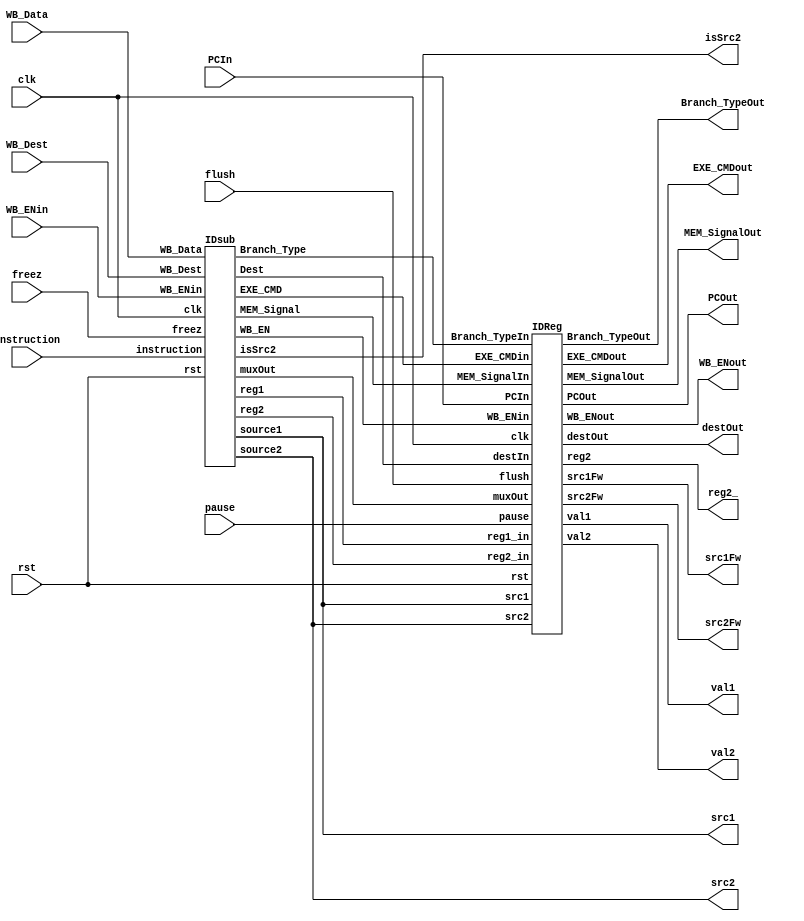
module ID (
		input clk,rst,freez, flush,
		// SRAM  UNIT
		pause,
		// from IF
		input [31:0] instruction,PCIn,
		// from WB stage
		input WB_ENin,
		input[4:0] WB_Dest,
		input [31:0] WB_Data,
		//to stage register
		output isSrc2,WB_ENout,
		output[1:0] MEM_SignalOut,Branch_TypeOut,
		output[3:0]EXE_CMDout,
		output[31:0] val1,val2,reg2_,PCOut,
		output[4:0] destOut,
		output[4:0] src1, src2, src1Fw, src2Fw
	);
	wire WB_EnWire;
	wire [1:0] Branch_TypeIn,MEM_SignalIn;
	wire [3:0] EXE_CMDin;
	wire [4:0] DestWire;
	wire [31:0] muxOut,reg1,reg2;
	wire __WB_EN;
	wire [1:0] __MEM_Signal,__Branch_Type;
	wire [3:0] __EXE_CMD;
	IDsub _IDsub(
		clk,rst,freez,
		// from IF
		instruction,
		// from WB stage
		WB_ENin,
		WB_Dest,
		WB_Data,

		isSrc2,
		//to stage register
		DestWire,
		reg1,muxOut,reg2,
		Branch_TypeIn,
		EXE_CMDin,
		// mem_signal
		MEM_SignalIn,
		// write back enable
		WB_EnWire, src1, src2);

	IDReg _IDReg(
		clk,rst, flush,
		// SRAM  UNIT
		pause,
		// to stage Register
		DestWire,
		reg1,reg2,muxOut,PCIn,
		Branch_TypeIn,
		EXE_CMDin,
		MEM_SignalIn,
		WB_EnWire,
		//Forward
		src1, src2,
		// to stage register
		destOut,
		val1,reg2_,val2,PCOut,
		Branch_TypeOut,
		EXE_CMDout,
		MEM_SignalOut,
		WB_ENout,
		src1Fw, src2Fw
	);
endmodule

// * * * * * * * * * * * * * * * * * * * * * * * * * * * * * * * *
module IDsub (
		input clk,rst,freez,
		// from IF
		input [31:0] instruction,
		// from WB stage
		input WB_ENin,
		input[4:0] WB_Dest,
		input[31:0] WB_Data,

		output isSrc2,
		//to stage register
		output[4:0] Dest,
		output [31:0] reg1,muxOut,reg2,
		output[1:0] Branch_Type,
		output[3:0] EXE_CMD,
		// mem_signal
		output[1:0] MEM_Signal,
		// write back enable
		output WB_EN,
		output[4:0] source1, source2
	);

	wire is_imm;
	wire [31:0] sgnExtendOut;

	// * * * * * * * Description * * * * * * *
	// val1 is reg1
	// val2 is muxOut
	// * * * * * * * * * * * * * * * * * * * *

	// **** Registe File ****
	//RegisterFile(input clk,RegWrt, input [4:0] RdReg1,RdReg2,WrtReg,input [31:0] WrtData, output [31:0] RdData1,RdData2);
	RegisterFile _regFile (clk,rst,WB_ENin,instruction[25:21],instruction[20:16],WB_Dest,WB_Data,reg1,reg2);


	// **** Sign Extend ****
	//module signExtend(input[15:0] in, output[31:0] out);
	signExtend _signExtend(instruction[15:0],sgnExtendOut);

	// **** Mux ****
	//module Mux2to1_32(input s, input [31:0] in0,in1, output [31:0] w);
	Mux2to1_32 _mux (is_imm,reg2,sgnExtendOut,muxOut);

	// **** Mux ****
	Mux2to1_5 _muxDest (is_imm,instruction[15:11],instruction[20:16],Dest);

	// **** CU ****
	wire __WB_EN;
	wire [1:0] __MEM_Signal,__Branch_Type;
	wire [3:0] __EXE_CMD;
	controller _cont(instruction[31:26],__WB_EN,__MEM_Signal,__Branch_Type,__EXE_CMD,is_imm,isSrc2);

	assign WB_EN = (freez == 1'b1) ? 1'b0 : __WB_EN;
	assign MEM_Signal = (freez == 1'b1) ? 2'b0 : __MEM_Signal;
	assign Branch_Type = (freez == 1'b1) ? 2'b0 : __Branch_Type;
	assign EXE_CMD = (freez == 1'b1) ? 4'b0 : __EXE_CMD;
	assign source1 = instruction[25:21];
	assign source2 = is_imm ? 5'b0 : instruction[20:16];
endmodule
// * * * * * * * * * * * * * * * * * * * * * * * * * * * * * * * *
module IDReg (
		input clk,rst, flush,
		// SRAM  UNIT
		pause,
		// to stage Register
		input[4:0] destIn,
		input[31:0] reg1_in,reg2_in,muxOut,PCIn,
		input[1:0] Branch_TypeIn,
		input[3:0]EXE_CMDin,
		input[1:0] MEM_SignalIn,
		input WB_ENin,
		//Forwarding
		input [4:0] src1, src2,
		// to stage register
		output reg[4:0] destOut,
		output reg[31:0] val1,reg2,val2,PCOut,
		output reg[1:0] Branch_TypeOut,
		output reg[3:0]EXE_CMDout,
		output reg[1:0] MEM_SignalOut,
		output reg WB_ENout,
		//Forwarding
		output reg [4:0] src1Fw, src2Fw
	);

	always@(posedge clk,posedge rst) begin
		if (rst) begin
			destOut <= 5'd0;
			val1 <= 32'd0;
			reg2 <= 32'd0;
			val2 <= 32'd0;
			PCOut <= 32'd0;
			WB_ENout <= 1'd0;
			MEM_SignalOut <= 2'd0;
			Branch_TypeOut <= 2'd0;
			EXE_CMDout <= 4'd0;
			src1Fw <= 4'd0;
			src2Fw <= 4'd0;
		end
		else begin
			if(flush) begin
				destOut <= 5'd0;
				val1 <= 32'd0;
				reg2 <= 32'd0;
				val2 <= 32'd0;
				PCOut <= 32'd0;
				WB_ENout <= 1'd0;
				MEM_SignalOut <= 2'd0;
				Branch_TypeOut <= 2'd0;
				EXE_CMDout <= 4'd0;
				src1Fw <= 4'd0;
				src2Fw <= 4'd0;
			end
			else begin
				if(pause) begin
					destOut <= destOut;
					val1 <= val1;
					reg2 <= reg2;
					val2 <= val2;
					PCOut <= PCOut;
					WB_ENout <= WB_ENout;
					MEM_SignalOut <= MEM_SignalOut;
					Branch_TypeOut <= Branch_TypeOut;
					EXE_CMDout <= EXE_CMDout;
					src1Fw <= src1Fw;
					src2Fw <= src2Fw;
				end
				else begin
					destOut <= destIn;
					val1 <= reg1_in;
					reg2 <= reg2_in;
					val2 <= muxOut;
					PCOut <= PCIn;
					WB_ENout <= WB_ENin;
					MEM_SignalOut <= MEM_SignalIn;
					Branch_TypeOut <= Branch_TypeIn;
					EXE_CMDout <= EXE_CMDin;
					src1Fw <= src1;
					src2Fw <= src2;
				end
			end
		end
	end


endmodule
// * * * * * * * * * * * * * * * * * * * * * * * * * * * * * * * *
module controller(input [5:0] opcode, output reg WB_En, output reg [1:0] Mem_Signals, output reg [1:0] Branch_Type, output reg [3:0] Exe_Cmd, output reg isImm, isSrc2);
	always @(*) begin
		case (opcode)
			6'b000000: {WB_En, Mem_Signals, Branch_Type, Exe_Cmd, isImm, isSrc2} = 11'b00000000000; // NOP
			6'b000001: {WB_En, Mem_Signals, Branch_Type, Exe_Cmd, isImm, isSrc2} = 11'b10000000001; // ADD
			6'b000011: {WB_En, Mem_Signals, Branch_Type, Exe_Cmd, isImm, isSrc2} = 11'b10000001001; // SUB
			6'b000101: {WB_En, Mem_Signals, Branch_Type, Exe_Cmd, isImm, isSrc2} = 11'b10000010001; // AND
			6'b000110: {WB_En, Mem_Signals, Branch_Type, Exe_Cmd, isImm, isSrc2} = 11'b10000010101; // OR
			6'b000111: {WB_En, Mem_Signals, Branch_Type, Exe_Cmd, isImm, isSrc2} = 11'b10000011001; // NOR
			6'b001000: {WB_En, Mem_Signals, Branch_Type, Exe_Cmd, isImm, isSrc2} = 11'b10000011101; // XOR
			6'b001001: {WB_En, Mem_Signals, Branch_Type, Exe_Cmd, isImm, isSrc2} = 11'b10000100001; // SLA
			6'b001010: {WB_En, Mem_Signals, Branch_Type, Exe_Cmd, isImm, isSrc2} = 11'b10000100001; // SLL
			6'b001011: {WB_En, Mem_Signals, Branch_Type, Exe_Cmd, isImm, isSrc2} = 11'b10000100101; // SRA
			6'b001100: {WB_En, Mem_Signals, Branch_Type, Exe_Cmd, isImm, isSrc2} = 11'b10000101001; // SRL
			6'b100000: {WB_En, Mem_Signals, Branch_Type, Exe_Cmd, isImm, isSrc2} = 11'b10000000010; // ADDI
			6'b100001: {WB_En, Mem_Signals, Branch_Type, Exe_Cmd, isImm, isSrc2} = 11'b10000001010; // SUBI
			6'b100100: {WB_En, Mem_Signals, Branch_Type, Exe_Cmd, isImm, isSrc2} = 11'b11000000010; // LD
			6'b100101: {WB_En, Mem_Signals, Branch_Type, Exe_Cmd, isImm, isSrc2} = 11'b00100000011; // ST
			6'b101000: {WB_En, Mem_Signals, Branch_Type, Exe_Cmd, isImm, isSrc2} = 11'b00001000010; // BEZ
			6'b101001: {WB_En, Mem_Signals, Branch_Type, Exe_Cmd, isImm, isSrc2} = 11'b00010000011; // BNE
			6'b101010: {WB_En, Mem_Signals, Branch_Type, Exe_Cmd, isImm, isSrc2} = 11'b00011000011; // JMP
			default :  {WB_En, Mem_Signals, Branch_Type, Exe_Cmd, isImm, isSrc2} = 11'b00000000000; // NOP
		endcase
	end
endmodule
// * * * * * * * * * * * * * * * * * * * * * * * * * * * * * * * *
module RegisterFile(input clk,rst,RegWrt, input [4:0] RdReg1,RdReg2,WrtReg,input [31:0] WrtData, output [31:0] RdData1,RdData2);
	reg	[31:0] reg_file[31:0];
	integer i;
	always @(negedge clk,posedge rst) begin
		if (rst) begin
			for(i = 0; i < 32; i = i+1) begin
				reg_file[i] = i;
			end
		end
		else begin
			if (RegWrt && WrtReg!= 0) begin
				reg_file[WrtReg] <= WrtData;
			end
		end
	end

	assign RdData1 = reg_file[RdReg1];
	assign RdData2 = reg_file[RdReg2];

endmodule
// * * * * * * * * * * * * * * * * * * * * * * * * * * * * * * * *
module signExtend(input[15:0] in, output[31:0] out);
	assign out = $signed(in);
endmodule
// * * * * * * * * * * * * * * * * * * * * * * * * * * * * * * * *
module Mux2to1_32(input s, input [31:0] in0,in1, output [31:0] w);
	assign w = (s == 0) ? in0 : in1;
endmodule
// * * * * * * * * * * * * * * * * * * * * * * * * * * * * * * * *
module Mux2to1_5(input s, input [4:0] in0,in1, output [4:0] w);
	assign w = (s == 0) ? in0 : in1;
endmodule
// * * * * * * * * * * * * * * * * * * * * * * * * * * * * * * * *